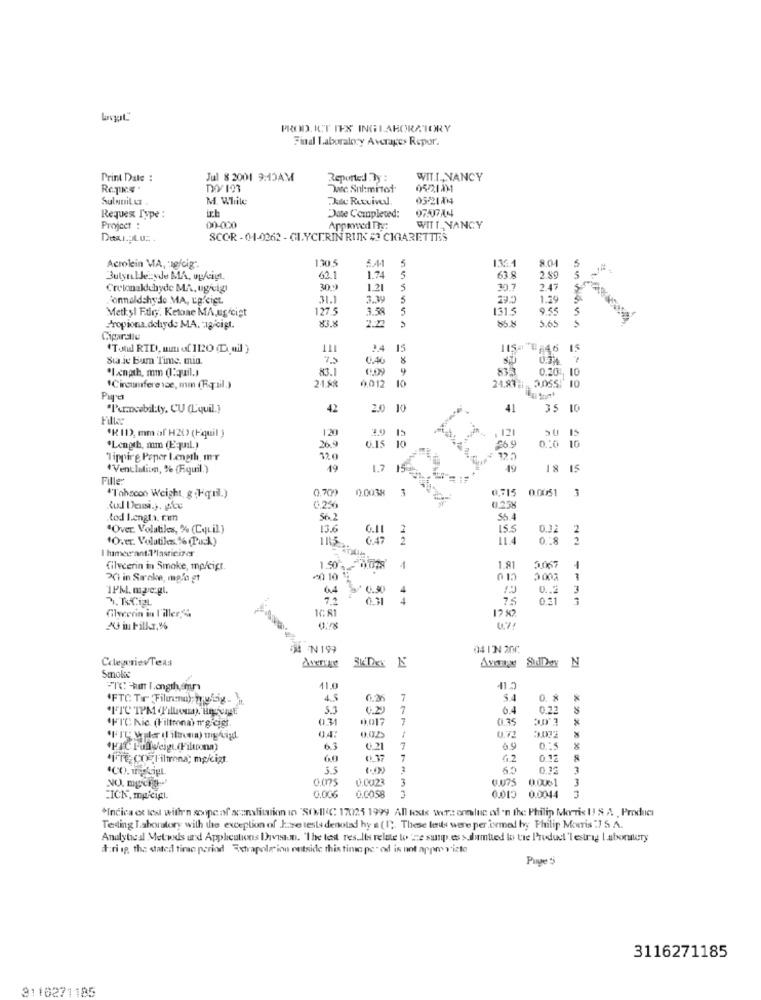
PROD. ICT IES INGLABORATORY
Find Laboratory Averages Repor.
Print Date :
Jul 8 2001 9:13AM
Reported By :
WIT.T ., NANCY
RcTHE .
Dec. Sul:mitot.
05/21811
Sulnuit Lt
M. While
Au Rutvivel
0521014
ich
Requex Type :
Date Completed:
Project :
00-000
Apprwed The:
WITT_ NANCY
Desu.pl.u ..
SCOR -04-0262 - GLYCERIN RUNK # CIGARETTES
130.5
5
1361
8.01
Acrolein MA, g/cig".
ButynlJeizzyde MA, ogfeigt.
62.1
1.74
5
63.8
2.59
Cretonaldehyde MA, ugeig
1.21
5
30.7
2.47
Conaldshyde MA, ug/cigt
31.1
3.39
5
1.29
Methyl Fuiry. Ketone MA,ug cist
127.5
3.58
5
1314
9.55
5
2.2
85.8
5.65
S
Propiona.dehyde MA. : gicigt.
83.8
Ciparalle
"Told RIDI, mal of 1120 (Doil )
111
3.4
15
115# #246 15
Sta je bum Time. min.
0.40
0.74
*Length, mm Q:aquil.)
83.1
009
9
833
0.20.
10
21 %*
10
"Circumference, mm (Fail.)
0,012
"I'urancebil:ty, CU (L'quil.}
42
2.0 10
41
35 10
120
,121
*K11), mm af H20) (Fquil )
3.9
15
E
SU 15
*Length, mm (quil.)
269
0.15
26.9
0.20 10
Tippirg Poper I.ength, mr
120
"Venclation, % (Fquil.)
19
1.7 159
49
18 15
Filles
0.709
0.0038
3
0.0051
-
""T'ahacon Weight golquil.)
0.258
tod I.engta. c.en
56. 2
"Over. Volatiles, % (CqLil)
13.6
15.5
0.32
8. 0
2
"O.er. Volutiks % (Puck)
1115
647
2
11.4
2
I himer ant.l'lasticizes
Gilvcerin in Smoke, mp/igt.
1.50
- 0.078
1
1.81
1
Xi in Saroke, mpfa gt
1PM. mac:gl.
$0.50
0 .. 2
3
7.15CigL
0.31
12 12
Glycerin in l'iller,"
23 in Fill, %
54 N199
CreperievTeas
Average
SidDey N
Smoke
-IC u l.ength,mn
11.0
"FTC Tr Filinma), wy wig-
4.5
0.26
7
5.4
0. 8
5.3
6.2
7
6.4
0.31
0.017
7
0.35
30'3
04:
6.3
0.21
7
69
0 .: 5
*IFTE CO- Filmmna; mg/cizt.
60
7
6.2
0.12
0.32
7
6.075
0.0023
3
0075
0.0001
3
NO. mycrg.
CIOrO
:ICK, mpligt.
0.006
0.0058
0.0044
*Indica et les with'n scope of scanslitation in "SOMII(C 17025 1999 All tests were ennluc of 'n the Philip Morris U! & A , Produci
Testing Laboratory with the exception of June tests denoted hy a (1). These les were performed byy Philip Morris :7 S. A.
Analyteal Metwds and Applications Ihaveaun. "The test results relate to 'ze susp.es > dumtied lo tre Product 'lestrag Laboralery
d:ri ip, tha stated timo period Extrapole ion outside this time pe" od is not appmy vizte
Page 5
3116271185
3110271185